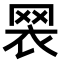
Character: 𦊶